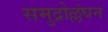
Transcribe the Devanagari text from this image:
समुद्रोल्लंघन